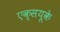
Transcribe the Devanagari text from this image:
एक्सयूके